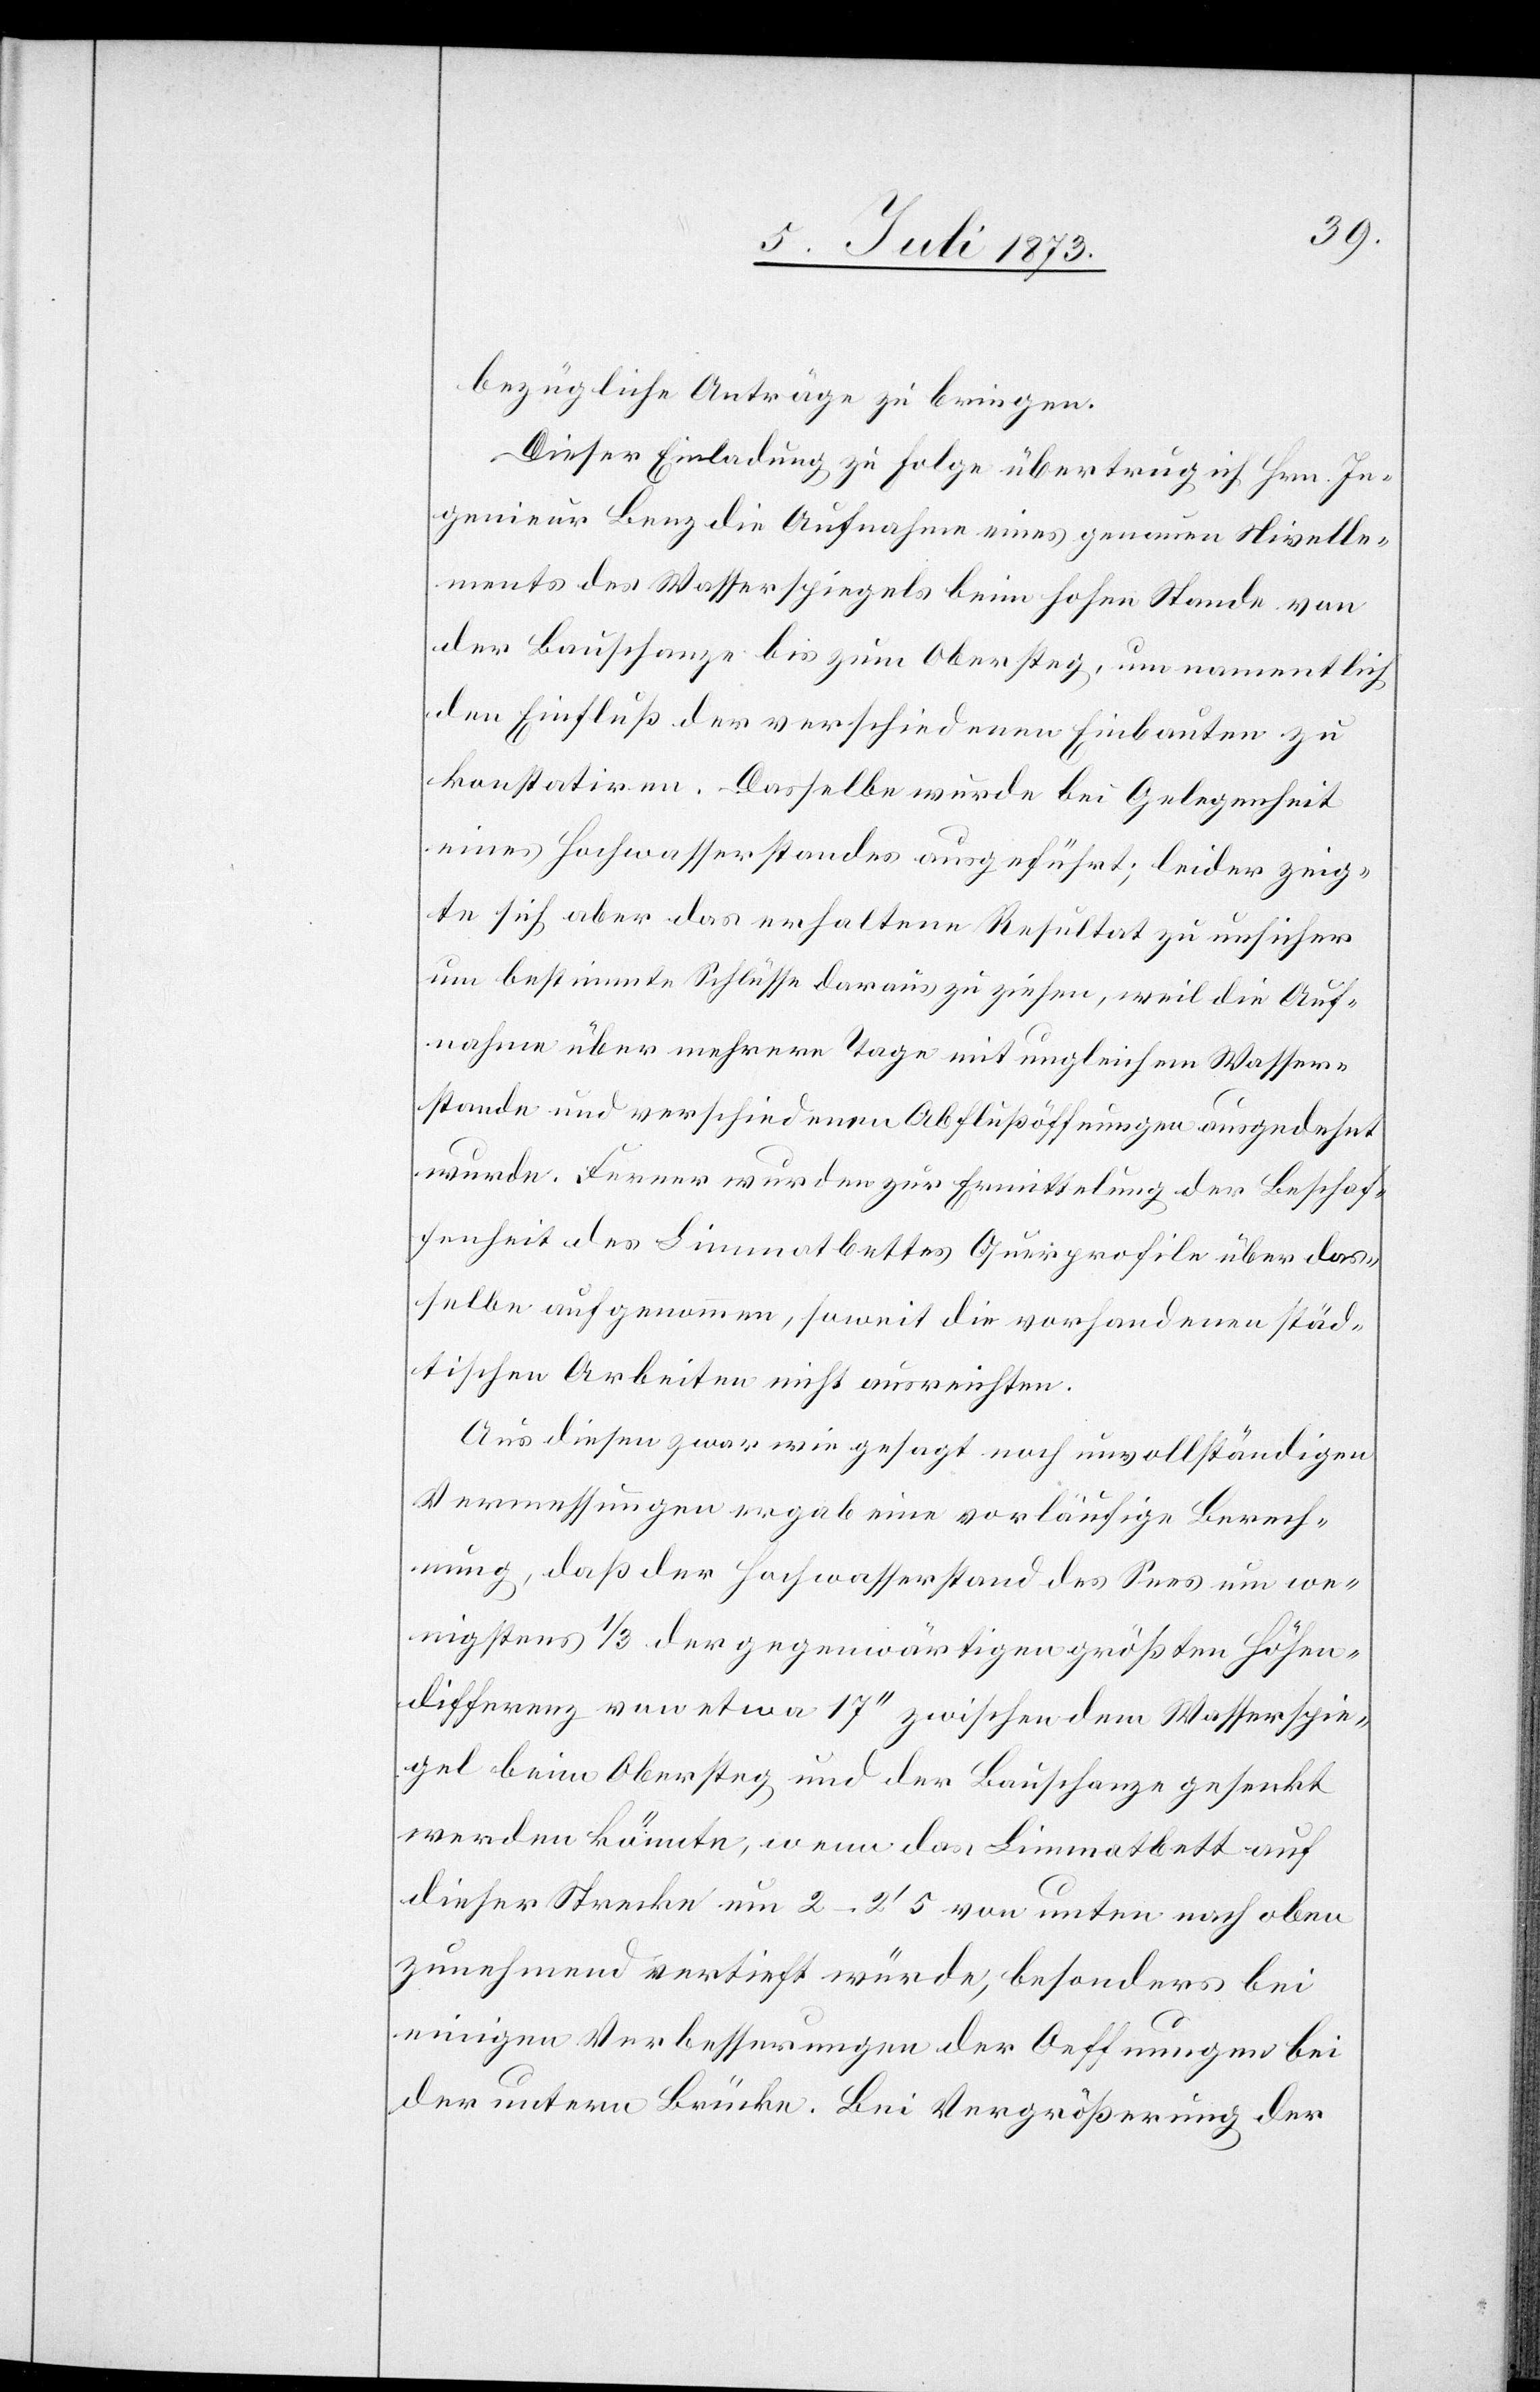
bezügliche Anträge zu bringen.
Dieser Einladung zu Folge übertrug ich Hrn. In¬
genieur Benz die Aufnahme eines genauen Nivelle¬
ments des Wasserspiegels beim hohen Stande von
der Bauschanze bis zum Obersteg, um namentlich
den Einfluß der verschiedenen Einbauten zu
konstatiren. Dasselbe wurde bei Gelegenheit
eines Hochwasserstandes ausgeführt; leider zeig¬
te sich aber das erhaltene Resultat zu unsicher
um bestimmte Schlüsse daraus zu ziehen, weil die Auf¬
nahme über mehrere Tage mit ungleichem Wasser¬
stande und verschiedenen Abflußöffnungen ausgedehnt
wurde. Ferner wurden zur Ermittelung der Beschaf¬
fenheit des Limmatbettes Querprofile über das¬
selbe aufgenommen, soweit die vorhandenen städ¬
tischen Arbeiten nicht ausreichten.
Aus diesen zwar wie gesagt noch unvollständigen
Vermessungen ergab eine vorläufige Berech¬
nung, daß der Hochwasserstand des Sees um we¬
nigstens 1/3 der gegenwärtigen größten Höhen¬
differenz von etwa 17‘‘ zwischen dem Wasserspie¬
gel beim Obersteg und der Bauschanze gesenkt
werden könnte, wenn das Limmatbett auf
dieser Strecke um 2–2‘ 5 von unten nach oben
zunehmend vertieft würde, besonders bei
einigen Verbesserungen der Oeffnungen bei
der untern Brücke. Bei Vergrößerung der